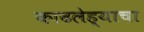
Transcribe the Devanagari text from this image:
काढलेह्याचा